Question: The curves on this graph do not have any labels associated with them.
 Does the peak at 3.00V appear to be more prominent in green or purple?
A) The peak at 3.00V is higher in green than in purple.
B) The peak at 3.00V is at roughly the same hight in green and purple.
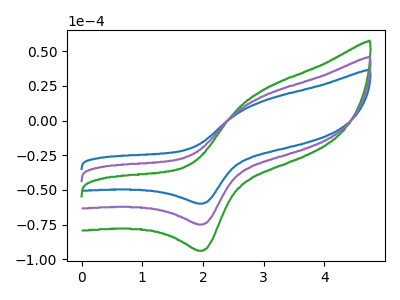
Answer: <think>The blue curve "blue" has an anodic peak at (3.00V, 14.15uA) and a cathodic peak at (2.00V, -59.85uA). The green curve "green" has an anodic peak at (3.00V, 35.40uA) and a cathodic peak at (2.00V, -149.85uA). The purple curve "purple" has an anodic peak at (3.00V, 17.70uA) and a cathodic peak at (2.00V, -74.90uA).</think>
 <answer>A) The peak at 3.00V is higher in "green" than in "purple".</answer>
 <eval>A</eval>